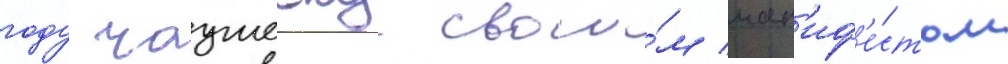
году чаушеску свои́м ман'иф'е́стом